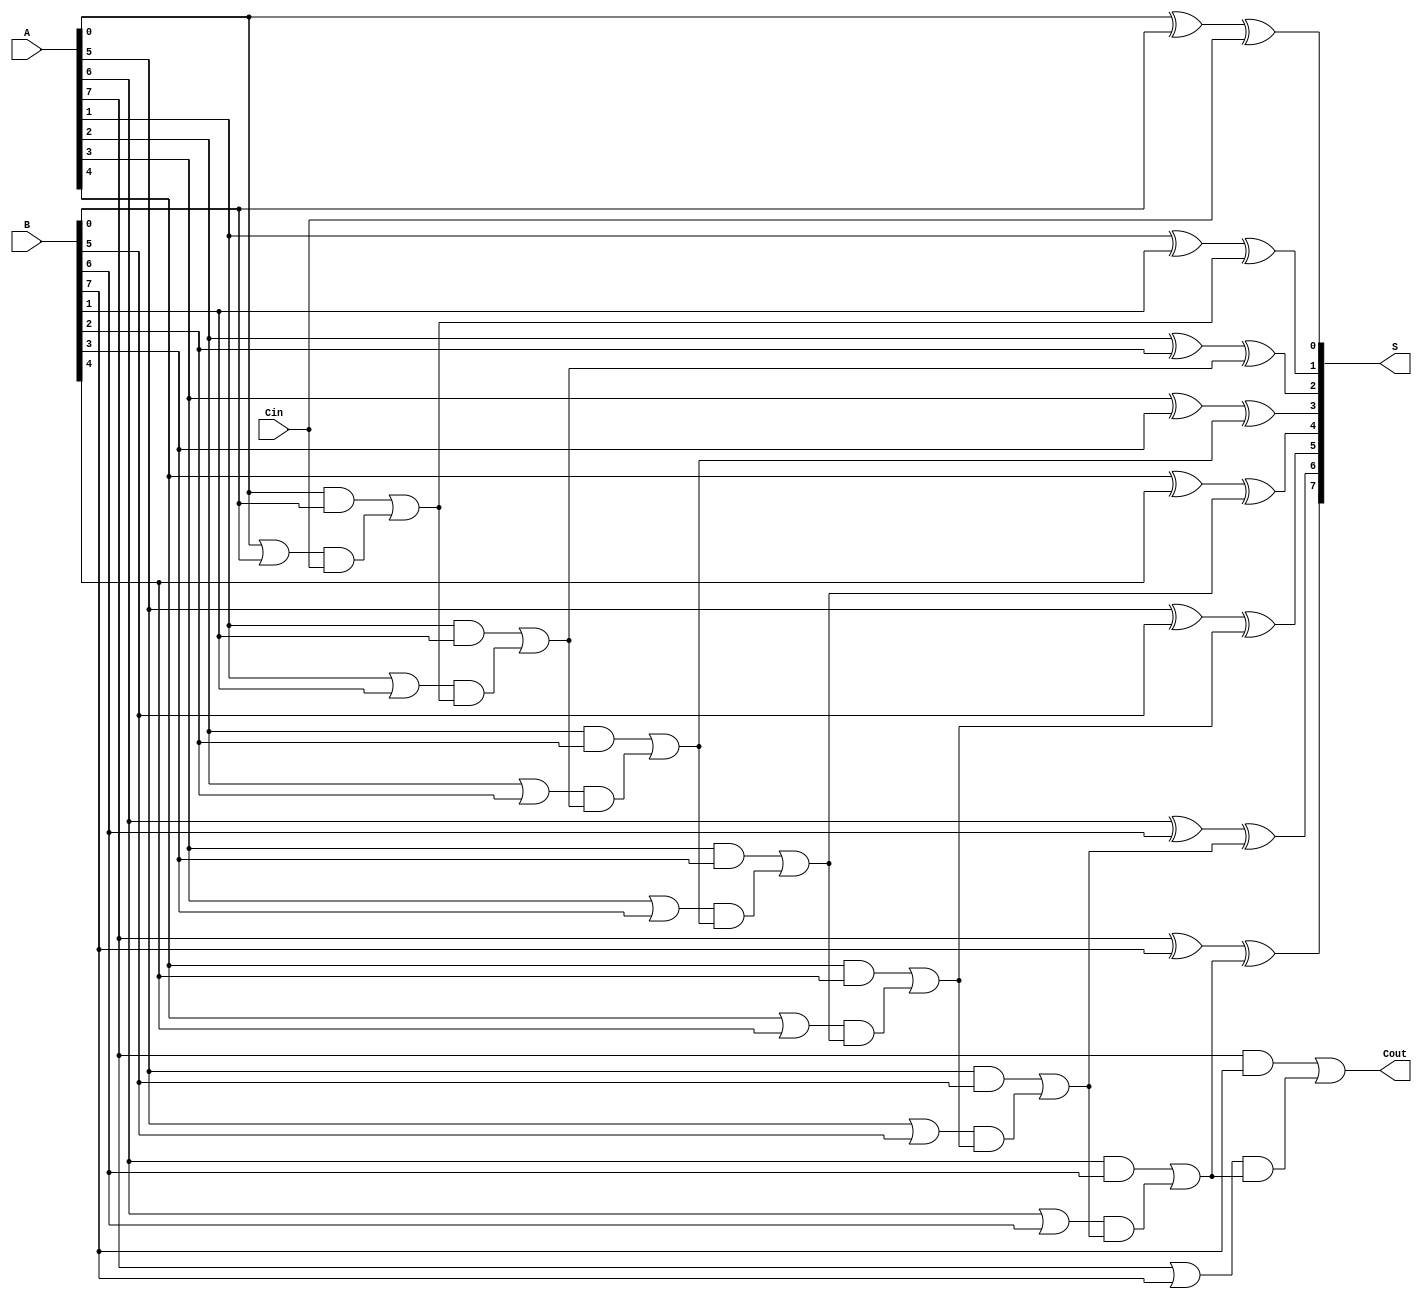
module ManchesterCarryChainAdder #(
    parameter N = 8  // Parameter for bit-width of the adder
) (
    input  wire [N-1:0] A,       // First n-bit input
    input  wire [N-1:0] B,       // Second n-bit input
    input  wire Cin,              // Carry-in input
    output wire [N-1:0] S,        // n-bit sum output
    output wire Cout              // Carry-out output
);

    wire [N-1:0] G;              // Carry Generate signals
    wire [N-1:0] P;              // Carry Propagate signals
    wire [N:0] C;                // Carry signals (C[0] = Cin)

    // Generate and Propagate logic
    genvar i;
    generate
        for (i = 0; i < N; i = i + 1) begin : carry_gen_prop
            assign G[i] = A[i] & B[i];   // Carry Generate
            assign P[i] = A[i] | B[i];   // Carry Propagate
        end
    endgenerate

    // Carry Calculation
    assign C[0] = Cin; // Initial carry input
    generate
        for (i = 0; i < N; i = i + 1) begin : carry_chain
            if (i == 0) begin
                assign C[i + 1] = G[i] | (P[i] & C[i]);
            end else begin
                assign C[i + 1] = G[i] | (P[i] & C[i]);
            end
        end
    endgenerate

    // Sum Calculation
    generate
        for (i = 0; i < N; i = i + 1) begin : sum_calc
            assign S[i] = A[i] ^ B[i] ^ C[i]; // Sum
        end
    endgenerate

    // Carry-out output
    assign Cout = C[N]; // Final carry-out

endmodule